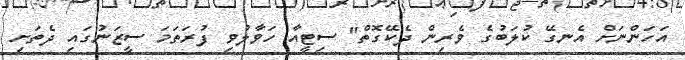
އަހަންނަށް އެނގޭ ކުލަބުގެ ވެރިން ދެކޭގޮތް" ސިޓީއާ ހަވާލުވި ފުރަތަމަ ސީޒަނުގައި ދެތަށި